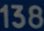
138